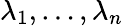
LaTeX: \lambda_{1},\dots,\lambda_{n}